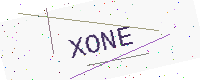
Text: XONE